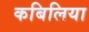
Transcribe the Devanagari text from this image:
कबिलिया